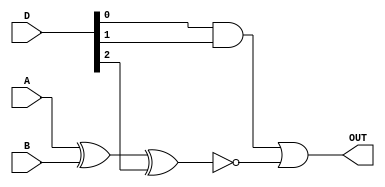
module Task1 (A, B, D, OUT);
	input A, B;
	input [2:0]D;
	output OUT;
	wire S1, S2;

	and(S1, D[0], D[1]);
	xnor(S2, A, B, D[2]);
	or(OUT, S1, S2);
endmodule